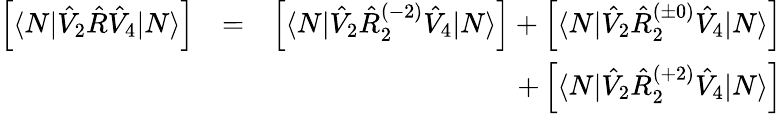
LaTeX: \begin{array}{rlr}{\left[\langle N|\hat{V}_{2}\hat{R}\hat{V}_{4}|N\rangle\right]}&{=}&{\left[\langle N|\hat{V}_{2}\hat{R}_{2}^{(-2)}\hat{V}_{4}|N\rangle\right]+\left[\langle N|\hat{V}_{2}\hat{R}_{2}^{(\pm 0)}\hat{V}_{4}|N\rangle\right]}\\ &{}&{+\left[\langle N|\hat{V}_{2}\hat{R}_{2}^{(+2)}\hat{V}_{4}|N\rangle\right]}\end{array}